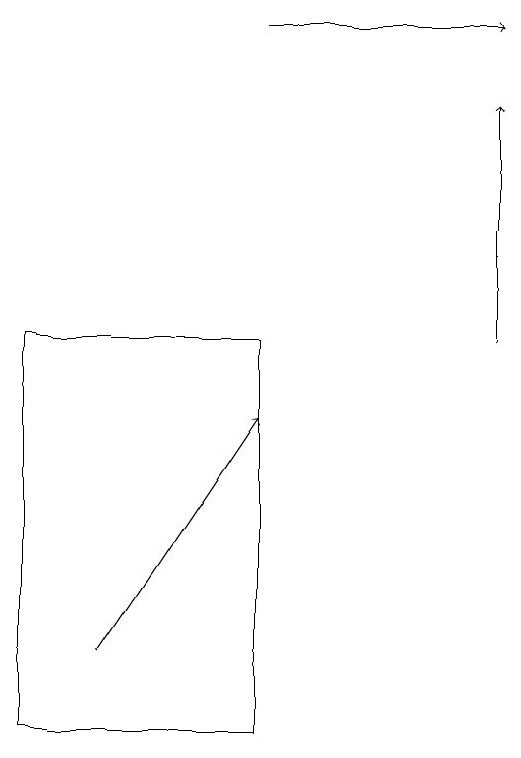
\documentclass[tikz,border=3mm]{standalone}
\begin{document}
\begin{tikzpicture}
\draw[->] (7,15) -- (7,18);
\draw[->] (2,11) -- (4,14);
\draw[->] (4,19) -- (7,19);
\draw (1,10) rectangle (4,15);
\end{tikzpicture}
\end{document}